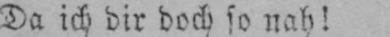
Da ich dir doch so nah!